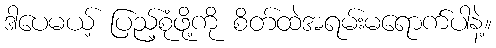
ဒါပေမယ့် ပြည့်စုံဖို့ကို စိတ်ထဲအရမ်းမရောက်ပါနဲ့။